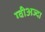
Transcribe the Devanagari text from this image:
ग्वीअज्दा